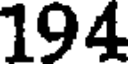
194